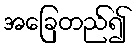
အခြေတည်၍